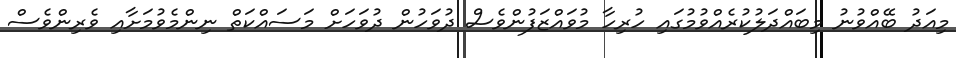
މިއަދު ބޭއްވުނު މިބައްދަލުކުރެއްވުމުގައި ހުރިހާ މުވައްޒަފުންވެސް ދުވަހުން ދުވަހަށް މަސައްކަތް ނިންމެވުމަށާއި ވެރިންވެސް